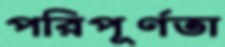
পরিপূর্ণতা